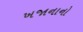
ખજાનાનો